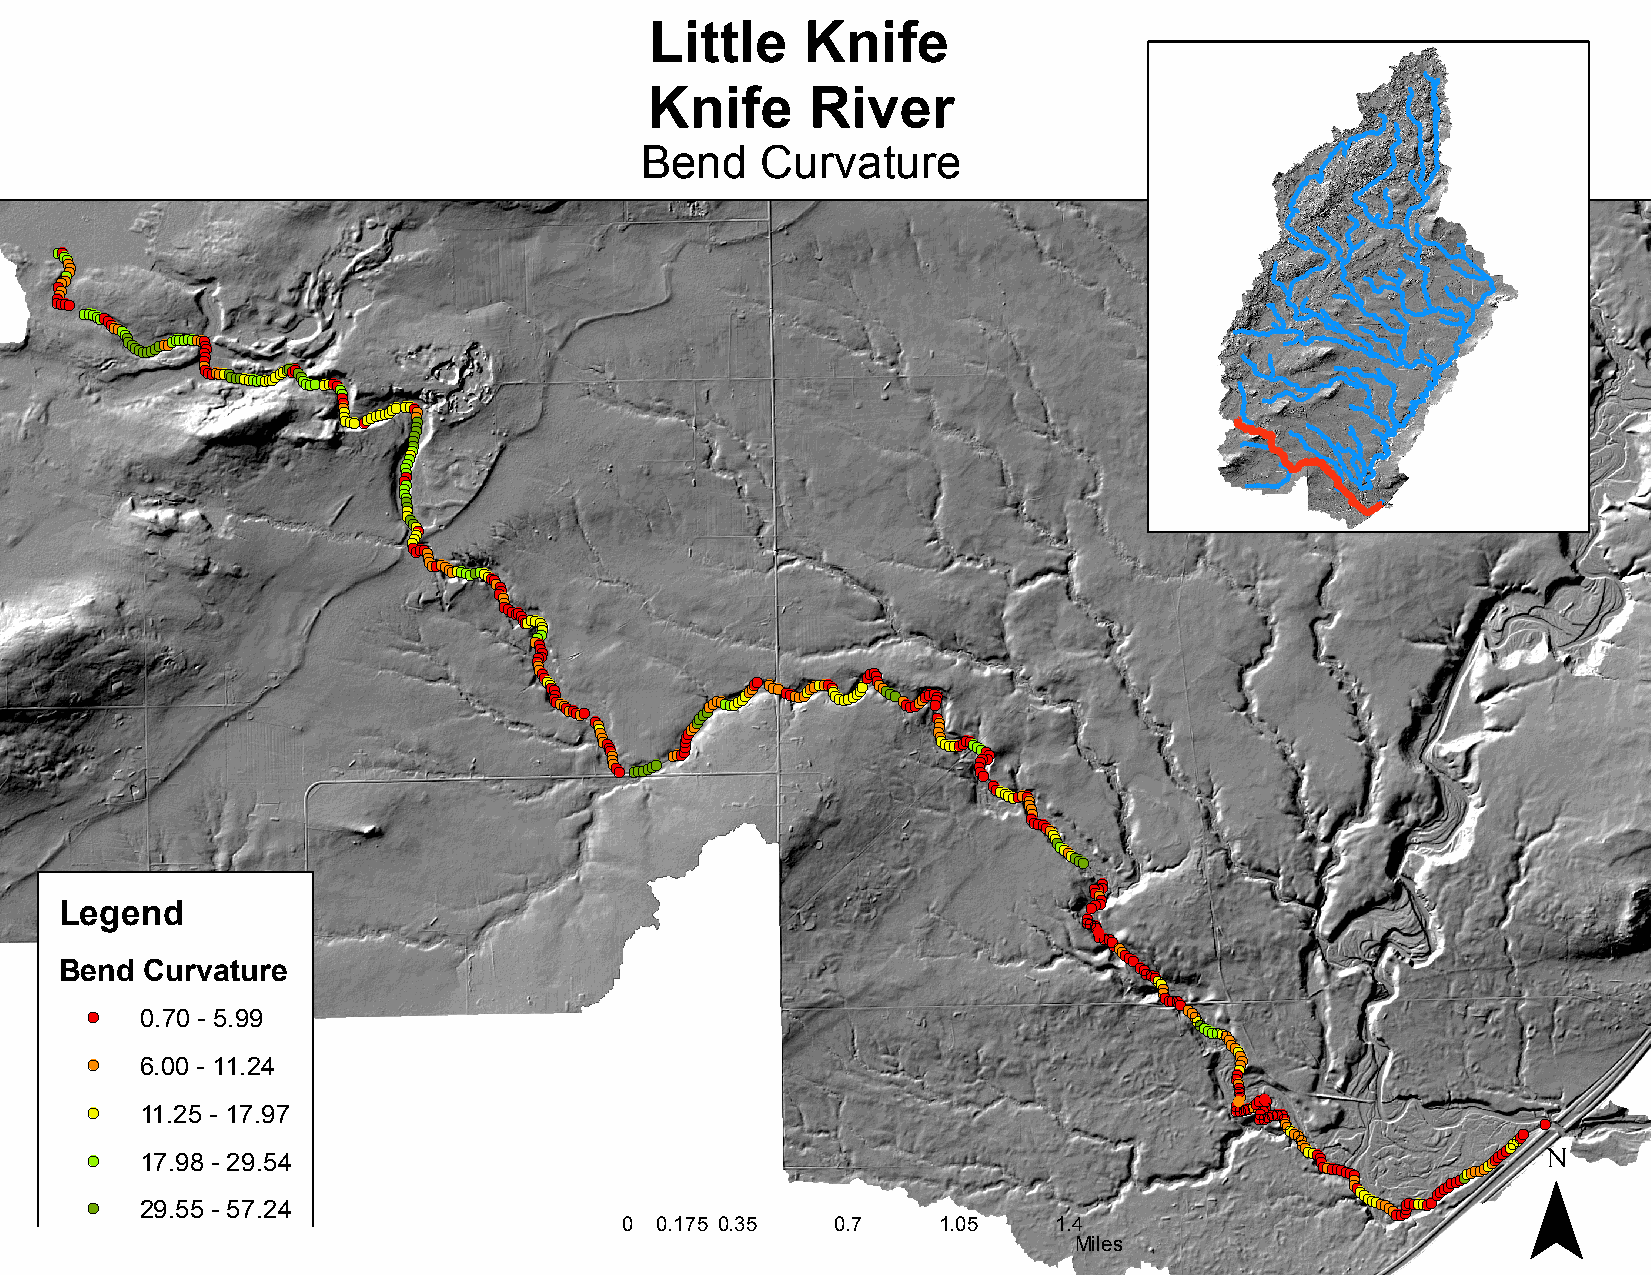
Little    Knife
 Knife      River
 Bend    Curvature
 !(!(!(
 !( !(!(!(
 !(!(!(
 !(
 !(!(!(!(
 !( !(!(
 !(!(!(!(!(!(!(!(!(!(!(!(!(!(!(!(!(!(!(!(!(!(!(!(!(!(!(!(!(!(!(!(
 !(!( !(!( !(!( !(!(
 !(!(!(!(!(!(!(!(!(!(!(!(!(!(!(!(!(!(!(!(!(!(!(!(!(!(!(!(!(!(!(!(!(!(!(!(!(!(!(!(!(!(!(!(!(!(!(!(!(!(!(!(!(
 !(
 !(!(!(
 !(!(!(
 !(
 !(!(!(!(!( !(!(
 !(!(
 !( !(!( !(!( !(!(
 !(!(
 !(
 !(!(!(!( !(!(!( !(
 !(
 !(!(!(!(!(!(!(!(!(!(!(!(!(!(!(!(!(!(!(!(!(!(
 !(!(!(
 !(!(!(!(!(!(!(!(!(!(!(!(
 !(!(
 !(!(
 !(!(
 !(!(!(
 !(!(
 !(
 !(!(!(!(
 !(!(!(!(
 !(!(!(
 !(!(!(!(!(!(!(!(!(
 !(!(!(!(!(!(!(!(!(!(!(!(!(!(!(!(!(!(!(!(
 !(!(!(!(!(!(!(!(!(!(!(!(!(!(!(!(!(!(!(!(!(!(!(!(!(!(!(!(!(!(!(!(!(!(!(!(!(!(!(!(!(!(!(!(!(!(!(!(!(!(!(!(!(!(!(!(!(!(!(!(!(!(!(!(!(!(!(!(!(!(!(
 !(!( !(!(
 !(!(!(
 !(!(!( !(!(!(!(!(!(!(!(
 !(!(
 !(!(
 !(
 !(!(!(!(
 !(!(!(!(!(!(!(!(!(!(!(!(
 !(!(
 !(!(!(!(!(!(!(!(!(!(!(!(!(!(!(
 Legend
 !(!(!(!(!( !(!(
 !(
 !((!!(!( !(!(!(!(!(
 !(!(!(!(!(!(!(!(!(
 Be
 !(
 !(
 !(
 !(
 !(n d
 0
 6
 1
 1
 2C
 1.
 .
 7
 97
 0u
 .
 .
 .20
 0
 9
 5r
 5
 8
 5
 v
 -
 -
 -
 -
 -a
 5
 1 1
 1.
 2
 5t
 9
 .
 7u
 9
 729
 .
 .
 .r
 4
 9
 5
 2e
 7
 4
 4
 !(!(!(!(!(!(!(
 !(!(!(!(
 !(!(!(!(!(!(!(!(!(!(
 !(!(!(!(!(!(!(
 !(!(!(!(
 (!(
 !!(
 !(!( !((!(
 !
 !(!(!(
 !(
 !(!(!(!( !(!(!((! !(!((!
 !(!(!(!(!(!(!(!(!(!(!(!(!(!(!(!(!(!(!(!(!(!(!(!(!(
 !(!(!(
 !(!(!(!(!(!(!(!(!(!(!(!(!(!(!(!(!(!(!(!(!(!(!(!(!(!(!(!(!(!(!(!(!(!(!(!(!(!(!(!(!((!!(!(!(¯!(
 0 0.175 0.35  0.7    1.05    1.4
 Miles